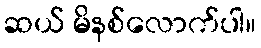
ဆယ် မိနစ်လောက်ပါ။